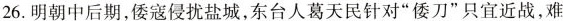
26.明朝中后期，倭寇侵扰盐城，东台人葛天民针对”倭刀”只宜近战，难